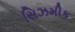
સિઝમીક